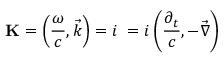
\mathbf { K } = \left( { \frac { \omega } { c } } , { \vec { k } } \right) = i \mathbf { \partial } = i \left( { \frac { \partial _ { t } } { c } } , - { \vec { \nabla } } \right)